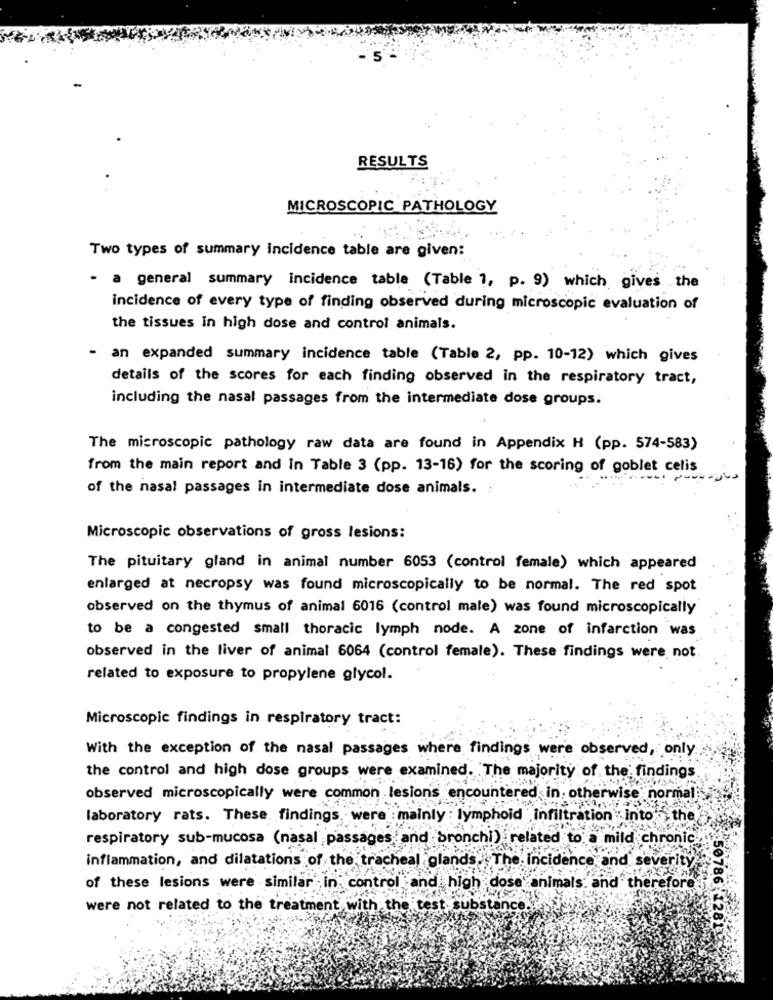
-
RESULTS
MICROSCOPIC PATHOLOGY
Two types of summary incidence table are given:
- a general summary incidence table (Table 1, p. 9) which gives the
incidence of every type of finding observed during microscopic evaluation of
the tissues in high dose and control animals.
- an expanded summary incidence table (Table 2, pp. 10-12) which gives
details of the scores for each finding observed in the respiratory tract,
including the nasal passages from the intermediate dose groups.
The microscopic pathology raw data are found in Appendix H (pp. 574-583)
from the main report and In Table 3 (pp. 13-16) for the scoring of goblet celis
of the nasal passages in intermediate dose animals. :
Microscopic observations of gross lesions:
The pituitary gland in animal number 6053 (control female) which appeared
enlarged at necropsy was found microscopically to be normal. The red spot
observed on the thymus of animal 6016 (control male) was found microscopically
to be a congested small thoracic lymph node. A zone of infarction was
observed in the liver of animal 6064 (control female). These findings were not.
related to exposure to propylene glycol.
Microscopic findings in respiratory tract:
With the exception of the nasal passages where findings were observed, only
the control and high dose groups were examined. The majority of the findings
observed microscopically were common lesions encountered in, otherwise normali
laboratory rats. These findings, were mainly : lymphoid infiltration " into the
respiratory sub-mucosa (nasal passages and bronchi) related to a mild chronic.
inflammation, and dilatations of the tracheal glands. The Incidence and severity.
of these lesions were similar in control and high dose animals. and therefore
were not related to the treatment with the test, substance
50786 -128